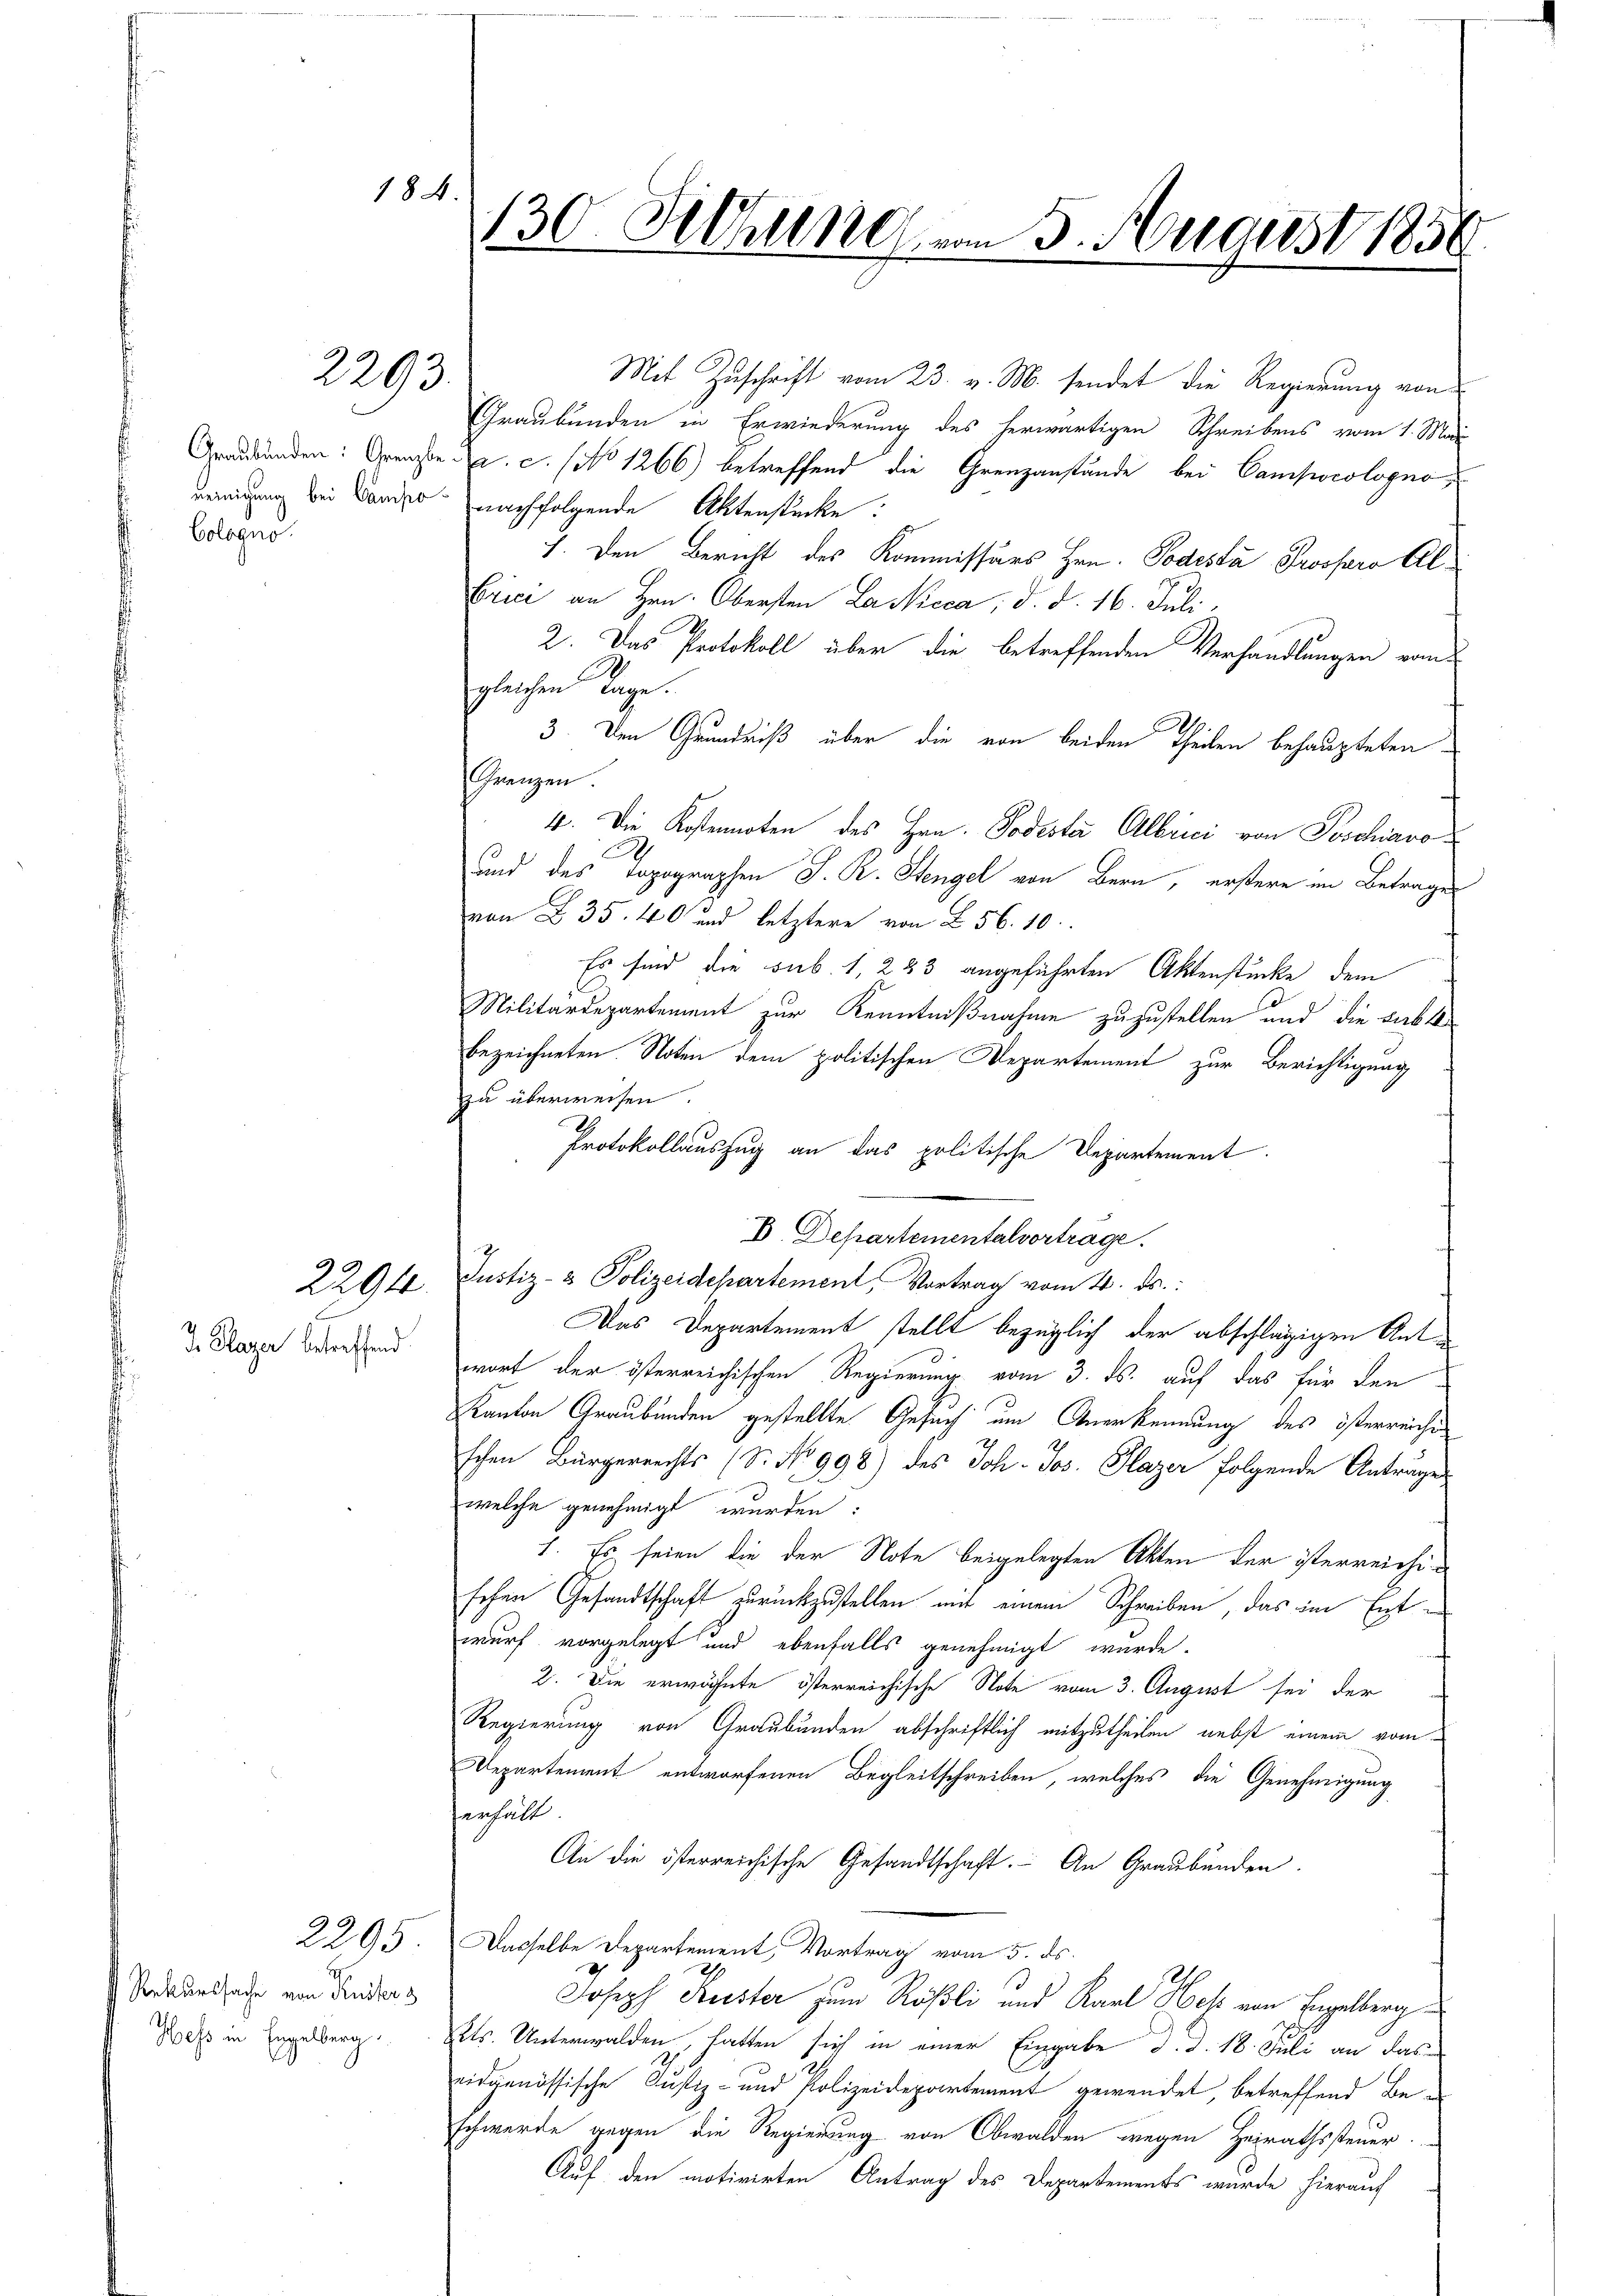
reinigung bei Campo
Cologno

184.

2293.

2294.

I. Klager betreffend

Rekurssache von Rüster s
Hess in Engelberg.

2295.

130 Sitzung vom 3. August 1850

Mit Zuschrift vom 23. v. M. sendet die Regierung von
Graubünden in Erwiederung des herwärtigen Schreibens vom 1. Mai
Graubünden: Grenzte u. c. No 1266) betreffend die Grenzanstände bei Camporologno,
nachfolgende Aktenstücke:
I. Den Bericht des Kommissärs Hrn. Todestà Prospero Albrici an Hrn. Obersten Laskicca, d. d. 16. Juli
2. Das Protokoll über die betreffenden Verhandlungen vom
gleichen Tage.
3. Den Grundniß über die von beiden Theilen behaupteten
wangen.
4. Die Kostennoten des Hrn. Todester Albrici von Poschiavo
2
und des Topographen J. R. Stengel von Bern, erstere im Betrages
von § 35. 460 und letztere von § 56. 10.
Es sind die sub. 1, 283 angeführten Aktenstücke dem
Militärdepartement zur Kenntnißnahme zuzustellen und die darbt
bezeichneten. Noten dem politischen Departement zur Berichtigung
zu überweisen
Protokollauszug an das politische Departement.
D Departementalvortrage.
Justiz- & Polizeidepartement, Vortrag vom 4. ds.
Das Departement stellt bezüglich der abschlägigen Antwort der österreichischen Regierung vom 3. ds. auf das für den
Kanton Graubünden gestellte Gesuch um Anerkennung des österreichen
schen Bürgerrechts (S. No 998) des Joh. Jos. Plazer folgende Anträge
welche genehmigt wurden:
1. Es seien die der Note beigelegten Akten der österreichischen Gesandtschaft zurückzustellen mit einem Schreiben, das im Entwurf vorgelegt und ebenfalls genehmigt wurde.
2. Die erwähnte österreichische Note vom 3. August sei der
Regierung von Graubünden abschriftlich mitzutheilen nebst einem vom
Departement entworfenen Begleitschreiben, welches die Genehmigung
erhält
An die österreichische Gesandtschaft. An Graubünden.
Dasselbe Departement, Vortrag vom 5. ds.
Joseph Kunster zum Rößli und Karl Hof von Engelberg
Kts. Unterwalden, hatten sich in einer Eingabe d. d. 18. Juli an das
eidgenössische Justiz- und Polizeidepartement gewendet, betreffend Beschwerde gegen die Regierung von Obwalden wegen Heirathssteuer.
Auf den motivirten Antrag des Departements wurde hierauf